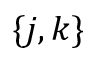
\{ j , k \}